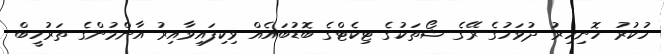
ހުކުރު ހޮނިހިރު ދުވަހުގެ ރޭގެ ޝޯތަކުގެ ޓިކެޓްގެ ބޮޑުބައެއް ވިކިފައިވާއިރު އާންމުންގެ ތަރުހީބް